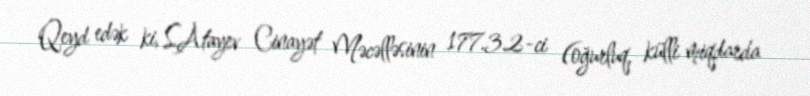
Qeyd edək ki, S.Atayev Cinayət Məcəlləsinin 177.3.2-ci (oğurluq, külli miqdarda